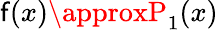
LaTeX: \mathsf{f}(x)\approxP_{1}(x)